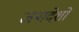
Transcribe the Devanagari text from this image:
जनादेशों